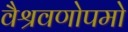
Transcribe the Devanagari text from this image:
वैश्रवणोपमो